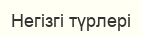
Негізгі түрлері